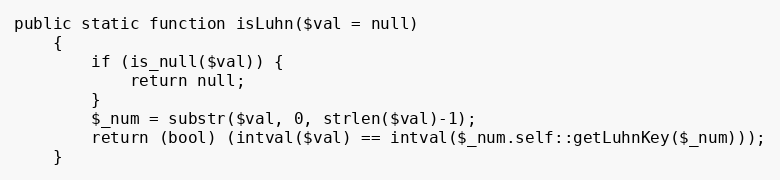
Language: PHP
public static function isLuhn($val = null)
    {
        if (is_null($val)) {
            return null;
        }
        $_num = substr($val, 0, strlen($val)-1);
        return (bool) (intval($val) == intval($_num.self::getLuhnKey($_num)));
    }